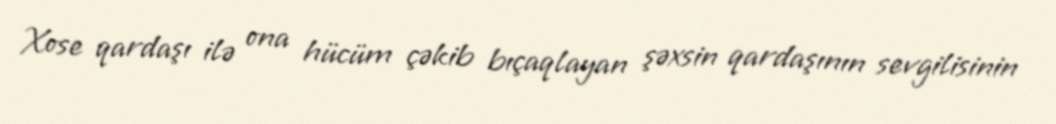
Xose qardaşı ilə ona hücüm çəkib bıçaqlayan şəxsin qardaşının sevgilisinin